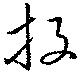
投